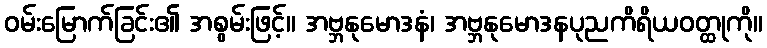
ဝမ်းမြောက်ခြင်း၏ အစွမ်းဖြင့်။ အဗ္ဘနုမောဒနံ၊ အဗ္ဘနုမောဒနပုညကိရိယဝတ္ထုကို။